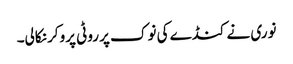
نوری نے کنڈے کی نوک پر روٹی پروکر نکالی۔